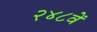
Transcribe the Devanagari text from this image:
२४८वें